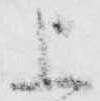
上